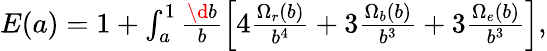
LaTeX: \begin{array}{r}{E(a)=1+\int_{a}^{1}\frac{\d b}{b}\left[4\frac{\Omega_{r}(b)}{b^{4}}+3\frac{\Omega_{b}(b)}{b^{3}}+3\frac{\Omega_{e}(b)}{b^{3}}\right],}\end{array}